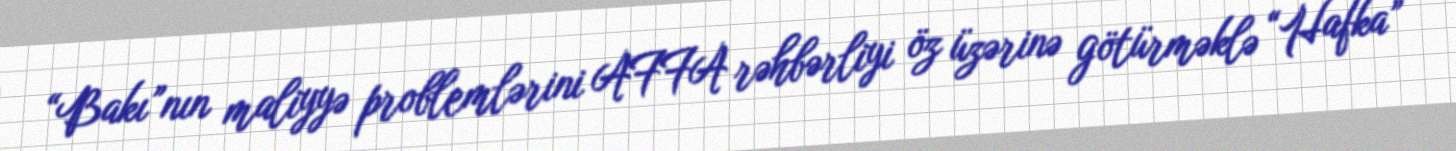
“Bakı”nın maliyyə problemlərini AFFA rəhbərliyi öz üzərinə götürməklə “Hafka”